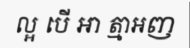
ល្អ បើ ឣា ត្មាឣញ